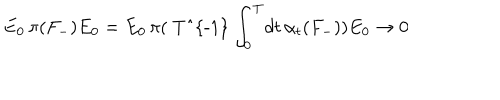
LaTeX: E _ { 0 } \, \pi ( { F } _ { - } ) E _ { 0 } = E _ { 0 } \, \pi ( \mathrm { ~ T ^ { - 1 } ~ } \! \int _ { 0 } ^ { T } \! d t \, \alpha _ { t } ( F _ { - } ) ) E _ { 0 } \rightarrow 0